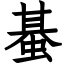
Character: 蜝